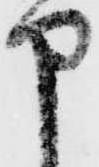
申